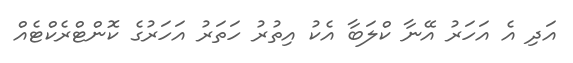
އަދި އެ އަހަރު އޭނާ ކްލަބާ އެކު އިތުރު ހަތަރު އަހަރުގެ ކޮންޓްރެކްޓެއް